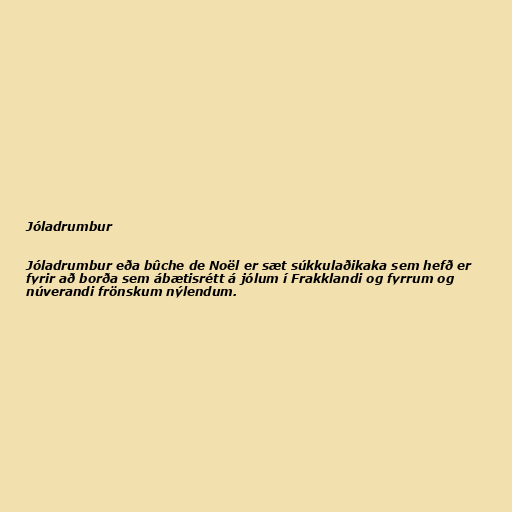
Jóladrumbur

Jóladrumbur eða bûche de Noël er sæt súkkulaðikaka sem hefð er
fyrir að borða sem ábætisrétt á jólum í Frakklandi og fyrrum og
núverandi frönskum nýlendum.